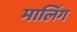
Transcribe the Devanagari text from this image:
मालिंग